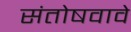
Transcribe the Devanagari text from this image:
संतोषवावे